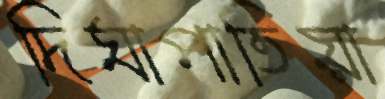
দিঘাপাতিয়া